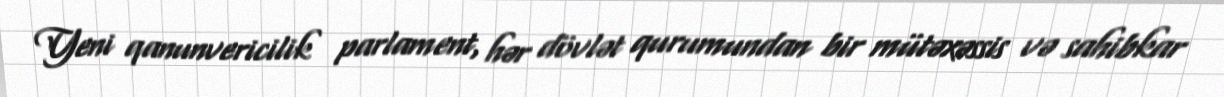
Yeni qanunvericilik parlament, hər dövlət qurumundan bir mütəxəssis və sahibkar